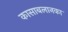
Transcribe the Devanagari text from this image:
कासाबलानका